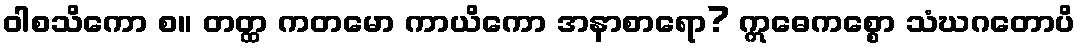
ဝါစသိကော စ။ တတ္ထ ကတမော ကာယိကော အနာစာရော? ဣဓေကစ္စော သံဃဂတောပိ